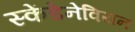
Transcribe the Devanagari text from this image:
स्केंडेनेवियन